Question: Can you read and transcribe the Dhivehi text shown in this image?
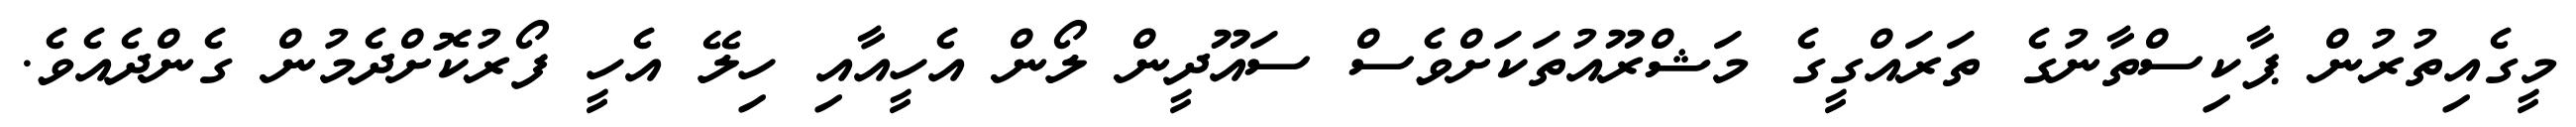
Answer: މީގެއިތުރުން ޕާކިސްތާނުގެ ތަރައްގީގެ މަޝްރޫއުތަކަށްވެސް ސައޫދީން ލޯން އެހީއާއި ހިލޭ އެހީ ފޯރުކޮށްދެމުން ގެންދެއެވެ.